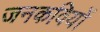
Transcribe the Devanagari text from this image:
जनकवियों